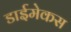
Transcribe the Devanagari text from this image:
डाईमेकस